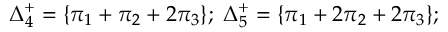
\Delta _ { 4 } ^ { + } = \{ \pi _ { 1 } + \pi _ { 2 } + 2 \pi _ { 3 } \} ; \; \Delta _ { 5 } ^ { + } = \{ \pi _ { 1 } + 2 \pi _ { 2 } + 2 \pi _ { 3 } \} ;